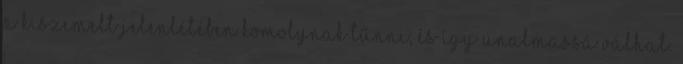
a kiszemelt jelenlétében komolynak tűnni, és így unalmassá válhat.